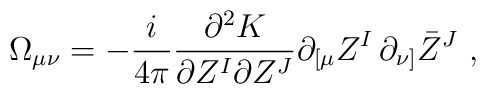
\Omega_{\mu\nu}=-\frac i{4\pi} \frac{\partial^2 K}{\partial Z^I\partial Z^J}\partial_{[\mu}Z^I\,\partial_{\nu]}\bar Z^J\ ,